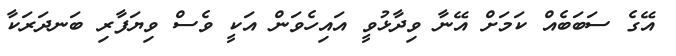
އޭގެ ސަބަބެއް ކަމަށް އޭނާ ވިދާޅުވީ އައިހެވަން އަކީ ވެސް ވިޔަފާރި ބަނދަރަކާ